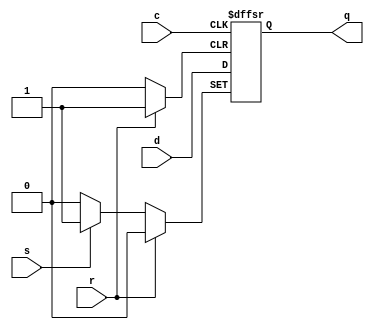
module drs
  (
   input wire c,
   input wire d,
   input wire s,
   input wire r,
   output reg q
   );

   always @(posedge c, posedge s, posedge r)
     begin
	if (s)
	  q<= 1;
	else if (r)
	  q<= 0;
	else
	  q<= d;
     end
   
endmodule // drs

module dli
  (
   input wire c,
   input wire d,
   input wire l,
   input wire di,
   output wire q
   );

   drs ff
     (
      .c(c),
      .d(d),
      .s(l & di),
      .r(l & !di),
      .q(q)
      );
   
endmodule // dli

module rl
  #(
    parameter WIDTH=32
    )
  (
   input wire 		   c,
   input wire [WIDTH-1:0]  d,
   input wire 		   l,
   input wire [WIDTH-1:0]  di,
   output wire [WIDTH-1:0] q
   );

   dli ff[WIDTH-1:0](.c(c), .d(d), .l(l), .di(di), .q(q));

endmodule // rl

module timer
  #(
    parameter WIDTH= 32,
    parameter REG_CTRL= 3'd0,
    parameter REG_AR  = 3'd1,
    parameter REG_CNTR= 3'd2,
    parameter REG_STAT= 3'd3
    )
   (
    input wire 		    reset,
    input wire 		    clk,
    input wire [WIDTH-1:0]  din,
    input wire 		    cs,
    input wire [2:0] 	    addr,
    input wire 		    wen,
    input wire 		    io_clk,
    output wire [WIDTH-1:0] dout,
    output wire 	    irq,
    output wire [WIDTH-1:0] tmr,
    output wire [WIDTH-1:0] ctr,
    output wire [WIDTH-1:0] arr,
    output wire 	    ar_reached
    );

   reg [WIDTH-1:0] 	    control;
   reg [WIDTH-1:0] 	    ar;
   
   reg [WIDTH-1:0] 	    obuf;

   wire			    ovf;
   wire [WIDTH-1:0] 	    counter;
   wire [WIDTH-1:0] 	    cnt_next;
   wire [WIDTH-1:0] 	    cnt_set;
   wire 		    cnt_load;
   wire 		    eq_ar;
   wire [WIDTH-1:0]	    stat_value;

   assign ar_reached= (counter == ar);
   assign stat_value= {{(WIDTH-2){1'b0}},ovf,control[0]};
		      
   assign cnt_next
     =
      (control[0])?
      (ar_reached?0:counter+1):
      (counter);
   
   assign cnt_set= reset?0:din;
   
   assign cnt_load= reset | (wen & cs & (addr==REG_CNTR));
   
   rl
     #(
       .WIDTH(WIDTH)
       )
   cnt
     (
      .c(io_clk),
      .d(cnt_next),
      .l(cnt_load),
      .di(cnt_set),
      .q(counter)
      );
   
   always @(posedge clk, posedge reset)
     begin
	if (reset)
	  begin
	     control<= 0;
	     ar<= 0;
	  end
	else if (cs)
	  begin
	     if (wen)
	       begin
		  case (addr)
		    REG_CTRL: control<= din;
		    REG_AR  : ar<= din;
		    default: ;
		  endcase
	       end
	     else //if (cs & ~wen)
	       begin
		  obuf<= (addr==REG_CTRL)?control:
			 (addr==REG_AR  )?ar:
			 (addr==REG_CNTR)?counter:
			 (addr==REG_STAT)?stat_value:
			 counter;
	       end // else: !if(wen)
	  end
     end
   
   wire ovf_clr;
   assign ovf_clr= reset | (cs & wen & (addr==REG_STAT) & din[1]);
   
   drs ovff
     (
      .c(1'b0),
      .d(1'b0),
      .q(ovf),
      .s(ar_reached),
      .r(ovf_clr)
      );
   
   assign dout= obuf;
   assign irq= ovf & control[1];
   assign tmr= counter;
   assign ctr= control;
   assign arr= ar;
   
endmodule // timer